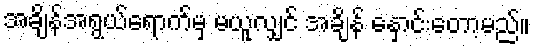
အချိန်အရွယ်ရောက်မှ မယူလျှင် အချိန် နှောင်းတော့မည်။